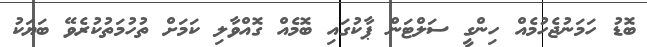
ބޮޑު ހަމަނުޖެހުމެއް ހިންގީ ސަލްޓަން ޕާކުގައި ބޮމެއް ގޮއްވާލި ކަމަށް ތުހުމަތުކުރެވޭ ބަޔަކު